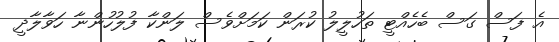
އެ ފަސް ގަސް ބެހެއްޓީ ތަހުލީލު ކުރަން ކަމަށްވެސް ލަންކާ ފުލުހުންނާ ހަވާލާދީ